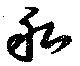
私